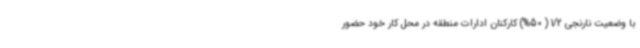
با وضعیت نارنجی 1/2 ( 50%) کارکنان ادارات منطقه در محل کار خود حضور